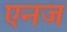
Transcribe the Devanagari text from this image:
एनज